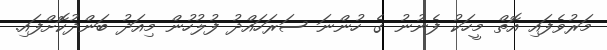
މަރުވެފައި އޮތް މީހަކު ފެނުނު ގެ ހުންނަ ސަރަހައްދު ފުލުހުން މިއަދު ބަންދުކޮށްފައި.